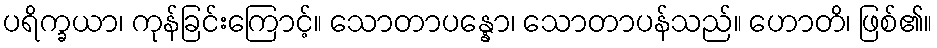
ပရိက္ခယာ၊ ကုန်ခြင်းကြောင့်။ သောတာပန္နော၊ သောတာပန်သည်။ ဟောတိ၊ ဖြစ်၏။